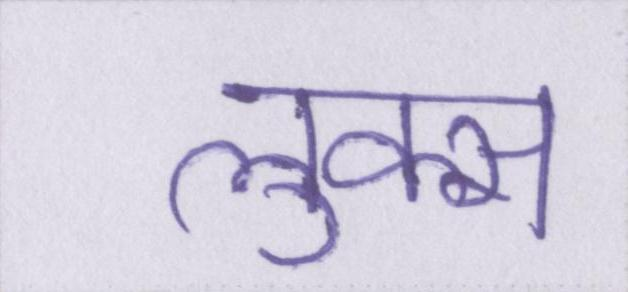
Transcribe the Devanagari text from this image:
लुक्स